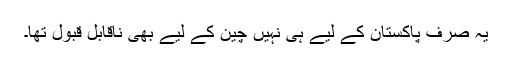
یہ صرف پاکستان کے لیے ہی نہیں چین کے لیے بھی ناقابل قبول تھا۔